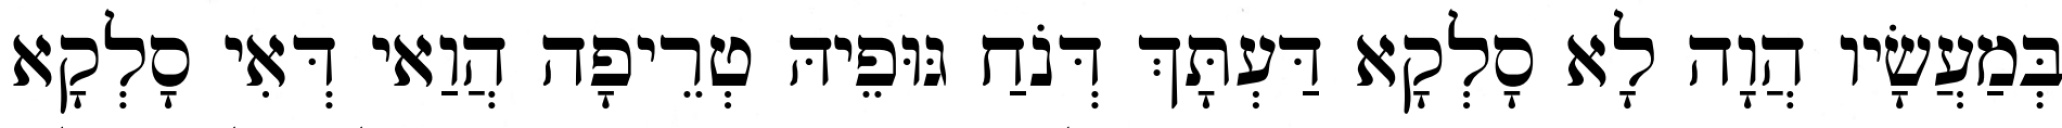
בְּמַעֲשָׂיו הֲוָה לָא סָלְקָא דַּעְתָּךְ דְּנֹחַ גּוּפֵיהּ טְרֵיפָה הֲוַאי דְּאִי סָלְקָא